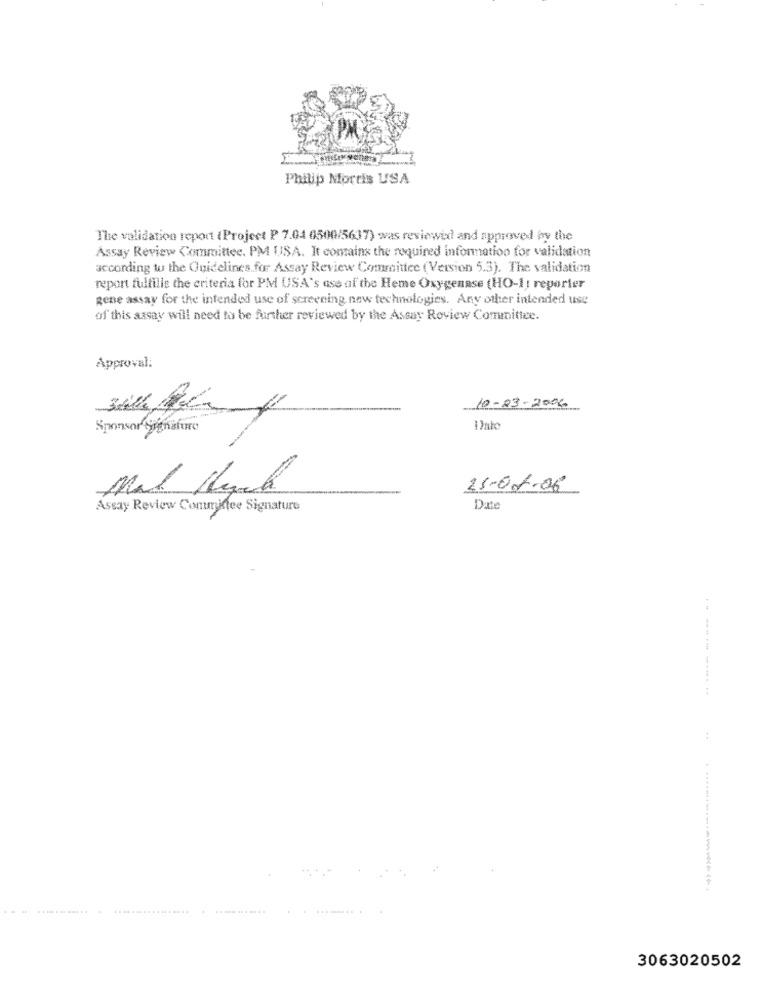
Philip Morris USA
The validation report (Project P 7.04 0500/5637) was reviewid and approved by the
Assay Review Committee. PM IISA. It contains the required information for validation
according to the Onidelines for Assay Review Committee (Version 5.3). The validation
report fulfille the criteria for PM USA's ase of the Heme Oxygenase (HO-1: reporter
gene assay for the intended use of screening new technologies. Any other intended use
of this assay will need to be further reviewed by the Assay Roview Committee.
Approval:
10-23-2006
Sponsor Signature
Dato
Mal Hoch
25-01-06
Assay Review Committee Signature
Date
---- ----- --
:
3063020502